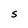
Character: S